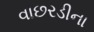
વાછરડીના